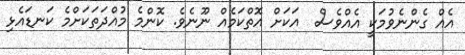
އެއް ގެންނެވުމަކީ އެއްވެސް  އަކަށް އޮތްކަމެއް ނޫނެވެ. ކޮންމެ މުއްދަތަކަށްމެ ކަނޑައެޅި